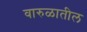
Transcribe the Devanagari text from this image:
वारुळातील